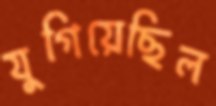
যুগিয়েছিল